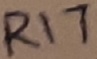
Text: R17